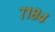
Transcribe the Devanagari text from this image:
७१८४